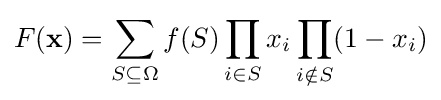
F(\mathbf {x} )=\sum _{S\subseteq \Omega }f(S)\prod _{i\in S}x_{i}\prod _{i\notin S}(1-x_{i})